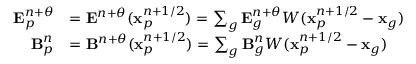
\begin{array} { r l } { \mathbf { E } _ { p } ^ { n + \theta } } & { = \mathbf { E } ^ { n + \theta } ( \mathbf { x } _ { p } ^ { n + 1 / 2 } ) = \sum _ { g } \mathbf { E } _ { g } ^ { n + \theta } W ( \mathbf { x } _ { p } ^ { n + 1 / 2 } - \mathbf { x } _ { g } ) } \\ { \mathbf { B } _ { p } ^ { n } } & { = \mathbf { B } ^ { n + \theta } ( \mathbf { x } _ { p } ^ { n + 1 / 2 } ) = \sum _ { g } \mathbf { B } _ { g } ^ { n } W ( \mathbf { x } _ { p } ^ { n + 1 / 2 } - \mathbf { x } _ { g } ) } \end{array}